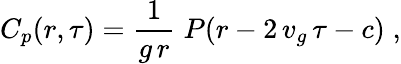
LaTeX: C_{p}(r,\tau)=\frac 1{g\, r}\; P(r-2\, v_{g}\, \tau-c)\; ,